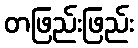
တဖြည်းဖြည်း